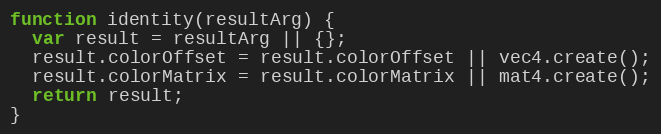
Language: JavaScript
function identity(resultArg) {
  var result = resultArg || {};
  result.colorOffset = result.colorOffset || vec4.create();
  result.colorMatrix = result.colorMatrix || mat4.create();
  return result;
}